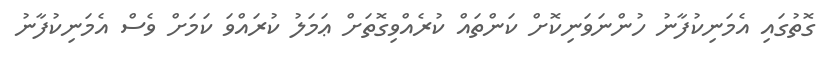
ގޮތުގައި އެމަނިކުފާނު ހުންނަވަނިކޮށް ކަންތައް ކުރެއްވިގޮތަށް ޢަމަލު ކުރައްވަ ކަމަށް ވެސް އެމަނިކުފާނު